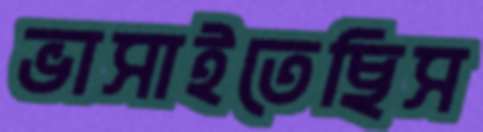
ভাসাইতেছিস